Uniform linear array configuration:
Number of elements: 12
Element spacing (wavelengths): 0.75
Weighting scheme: blackman
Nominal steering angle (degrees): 15
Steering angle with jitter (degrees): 14.286
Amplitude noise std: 0.05
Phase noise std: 0.05

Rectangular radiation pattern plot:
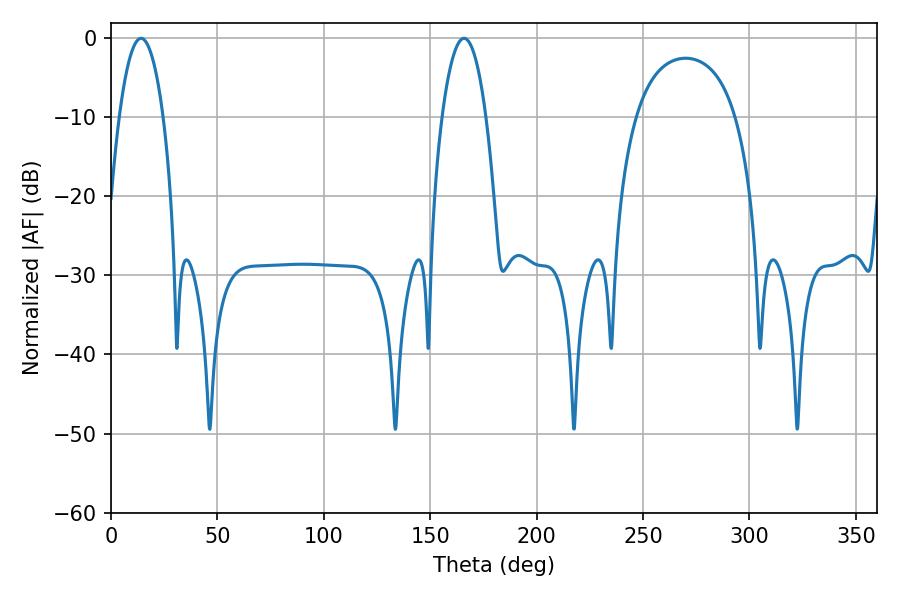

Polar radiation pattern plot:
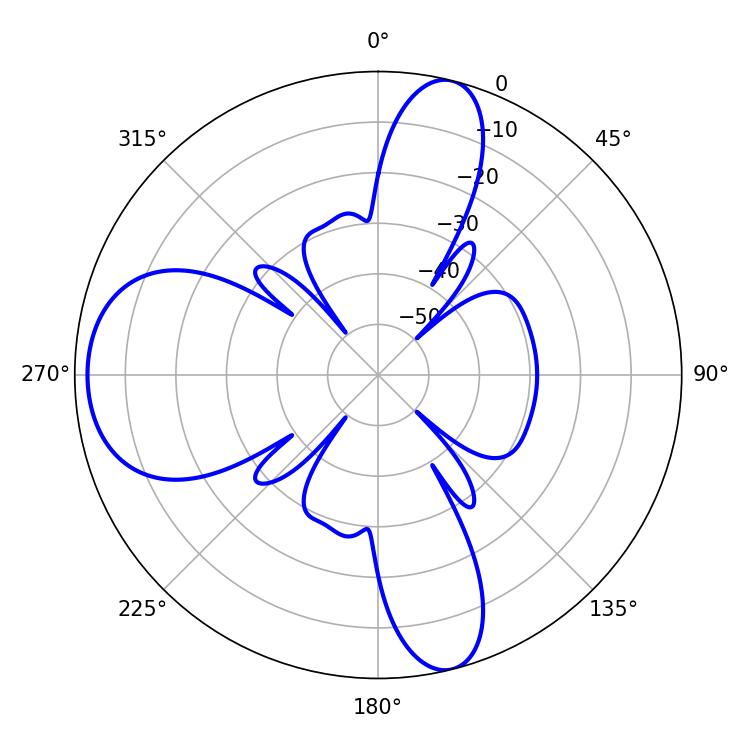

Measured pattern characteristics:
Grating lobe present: TRUE
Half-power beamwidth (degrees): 11.34
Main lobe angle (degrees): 14.04